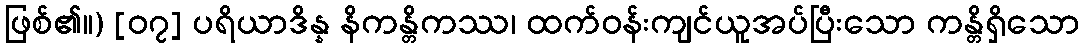
ဖြစ်၏။) [၀၇] ပရိယာဒိန္န နိကန္တိကဿ၊ ထက်ဝန်းကျင်ယူအပ်ပြီးသော ကန္တိရှိသော